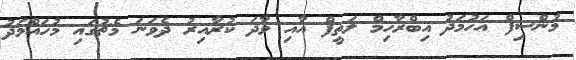
މުންސިފް އަހުމަދު އިބްރާހިމް ލަތީފް އާއި ވާދަ ކުރާއިރު ދެވަނަ މެޗުގައި މުހައްމަދު